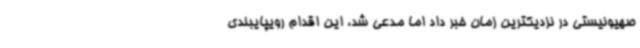
صهیونیستی در نزدیکترین زمان خبر داد اما مدعی شد، این اقدام رویپایبندی